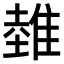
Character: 𨿲